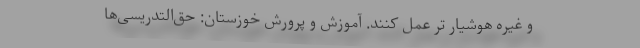
و غیره هوشیار تر عمل کنند. آموزش و پرورش خوزستان: حق‌‌التدریسی‌ها